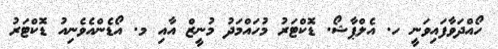
ހޯއްދަވާފައިވަނީ ހ. އެލްޕާޝޯ. ޑޮކްޓަރު މުހައްމަދު މުނީޒް އާއި މ. އޯޑެންއެވެނިއު ޑޮކްޓަރު